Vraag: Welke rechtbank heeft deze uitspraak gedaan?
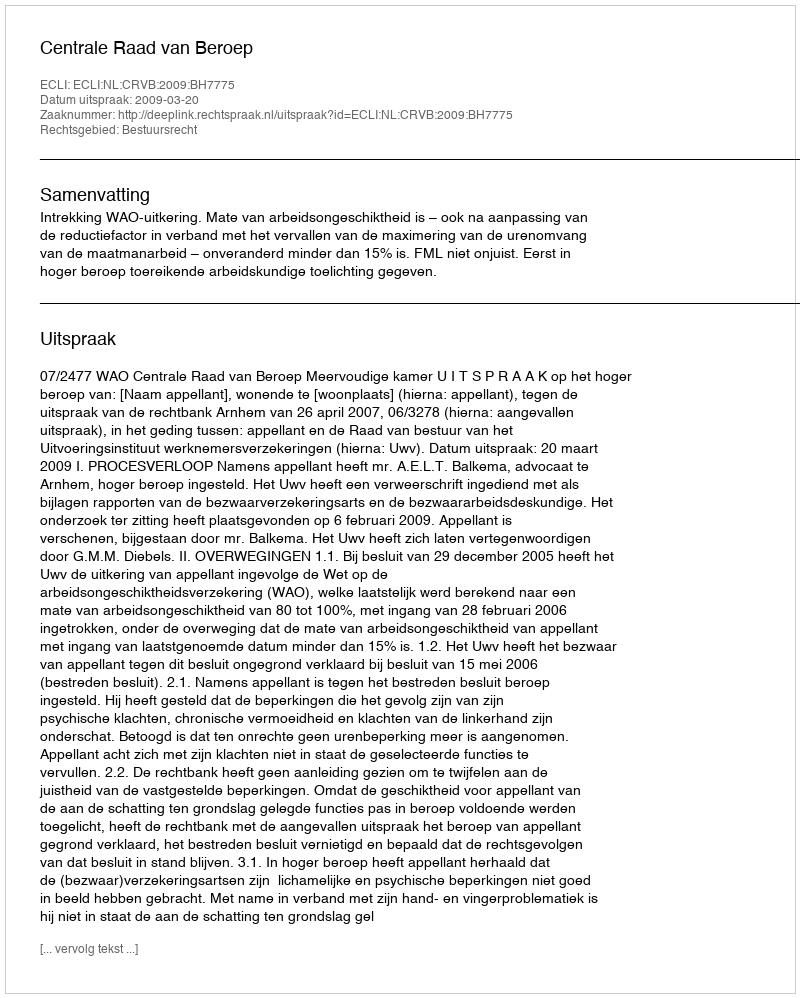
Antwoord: Centrale Raad van Beroep